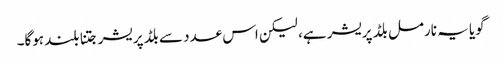
گویا یہ نارمل بلڈ پریشر ہے، لیکن اس عدد سے بلڈ پریشر جتنا بلند ہوگا۔